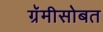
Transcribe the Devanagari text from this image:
ग्रॅमीसोबत